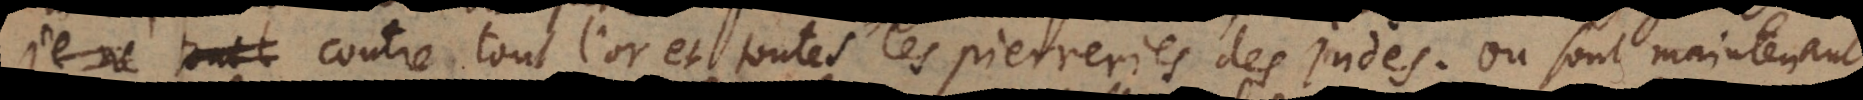
contre tout l’or et toutes les pierreries des Indes. Où sont maintenant